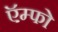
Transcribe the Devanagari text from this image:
ऍम्फो